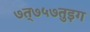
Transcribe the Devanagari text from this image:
७त्७५७तुइग